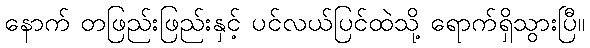
နောက် တဖြည်းဖြည်းနှင့် ပင်လယ်ပြင်ထဲသို့ ရောက်ရှိသွားပြီ။